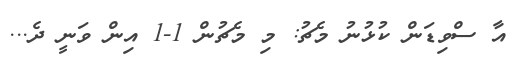
އާ ސްވިޑަން ކުޅުނު މެޗު: މި މެޗުން 1-1 އިން ވަނީ ދެ...